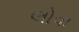
લોવા